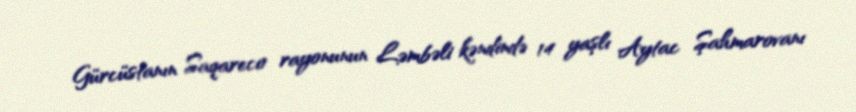
Gürcüstanın Saqareco rayonunun Ləmbəli kəndində 14 yaşlı Aytac Şahmarovanı